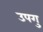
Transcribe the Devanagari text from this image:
उपगु